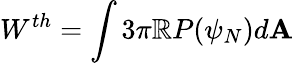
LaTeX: W^{th}=\int3\pi\mathbb{R}P(\psi_{N})d\mathbf{A}\,